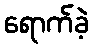
ရောက်ခဲ့